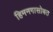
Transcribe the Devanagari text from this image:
हिमनगासोबत